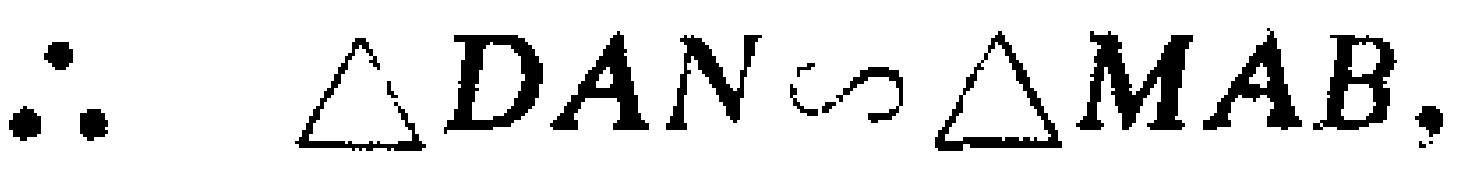
\(\therefore \triangle DAN\sim\triangle MAB.\)